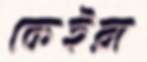
কেইরা